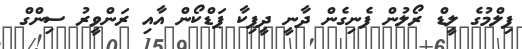
ފިލްމުގެ ލީޑް ރޯލުން ފެނިގެން ދާނީ ދީޕިކާ ޕަޑްކޯން އާއި ރަންވީރު ސިންގް